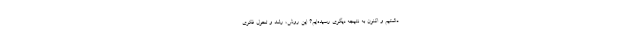
داشتیم و اکنون به نتیجه دیگری رسیده‌ایم؟ این روش، رشد و تحول فکری